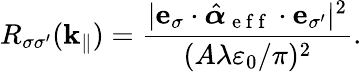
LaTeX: R_{\sigma\sigma^{\prime}}(\mathbf{k}_{\| })=\frac{|\mathbf{e}_{\sigma}\cdot\hat{\boldsymbol{\alpha}}_{\mathrm{~e~f~f~}}\cdot\mathbf{e}_{\sigma^{\prime}}|^{2}}{(A\lambda\varepsilon_{0}/\pi)^{2}}.